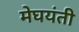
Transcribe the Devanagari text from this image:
मेघयंती